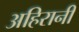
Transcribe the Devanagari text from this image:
अहिरानी